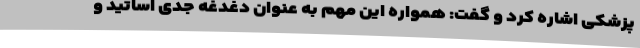
پزشکی اشاره کرد و گفت: همواره این مهم به عنوان دغدغه‌ جدی اساتید و